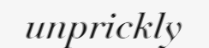
unprickly